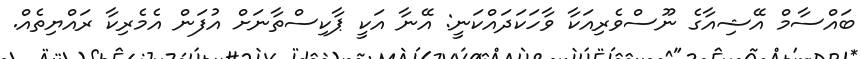
ބައްސާމް އޭޝިއާގެ ނޫސްވެރިއަކާ ވާހަކަދައްކަނީ: އޭނާ އަކީ ޕާކިސްތާނަށް އުފަން އެމެރިކާ ރައްޔިތެއް.